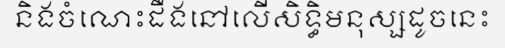
និងចំណេះដឹងនៅលើសិទ្ធិមនុស្សដូចនេះ